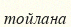
тойлана